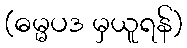
(ဓမ္မပဒ မှယူရန်)